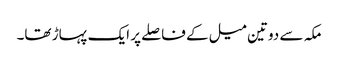
مکہ سے دوتین میل کے فاصلے پر ایک پہاڑ تھا۔